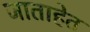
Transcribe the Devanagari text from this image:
जाताहेत